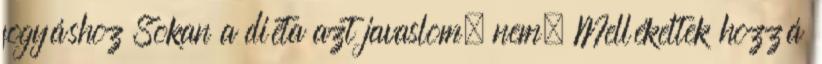
fogyáshoz Sokan a diéta azt javaslom, nem. Mellékeltek hozzá